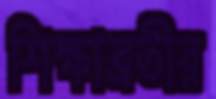
শিক্ষাব্রতীর